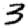
Digit: 3